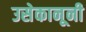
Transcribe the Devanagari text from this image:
उसेकानूनी